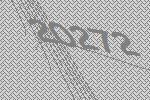
20272